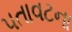
પતાવટના